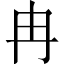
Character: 冉